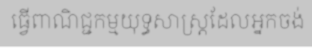
ធ្វើពាណិជ្ជកម្មយុទ្ធសាស្ត្រដែលអ្នកចង់